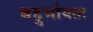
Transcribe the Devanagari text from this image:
बहुर्भायता